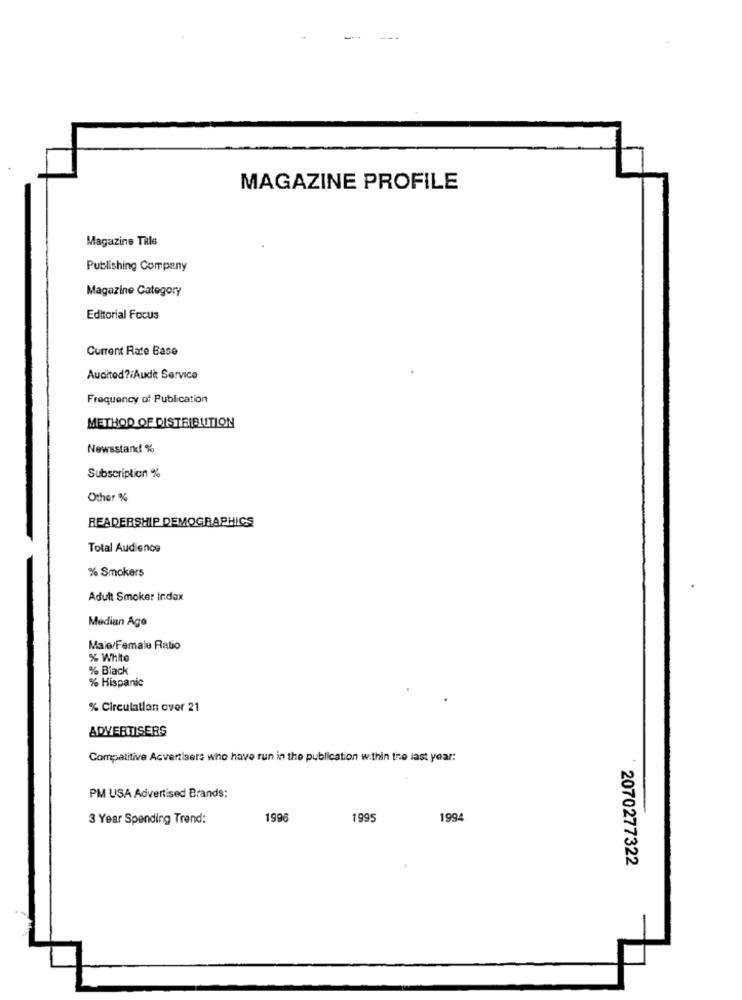
MAGAZINE PROFILE
Magazine Tille
Publishing Company
Magazine Category
Editorial Focus
Current Rate Base
Auditod ?: Audi: Service
Frequency of Publication
METHOD OF DISTRIBUTION
Newsstand %
Subscription %
Other %
READERSHIP DEMOGRAPHICS
Total Audience
% Smokers
Adult Smoker Index
Median Age
Maio/Female Ratio
% White
% Black
% Hispanic
% Circulation over 21
ADVERTISERS
Compatitive Advertisers who have run in the publication within the last year:
PM USA Advertised Brands:
3 Year Spending Trend:
1996
1995
1994
2070277322